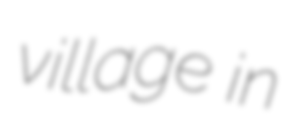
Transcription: village in